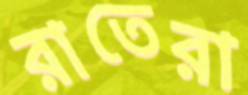
রাতেরা